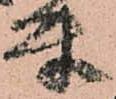
付